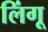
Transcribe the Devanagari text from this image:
लिंगू